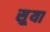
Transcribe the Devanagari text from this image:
सु्या